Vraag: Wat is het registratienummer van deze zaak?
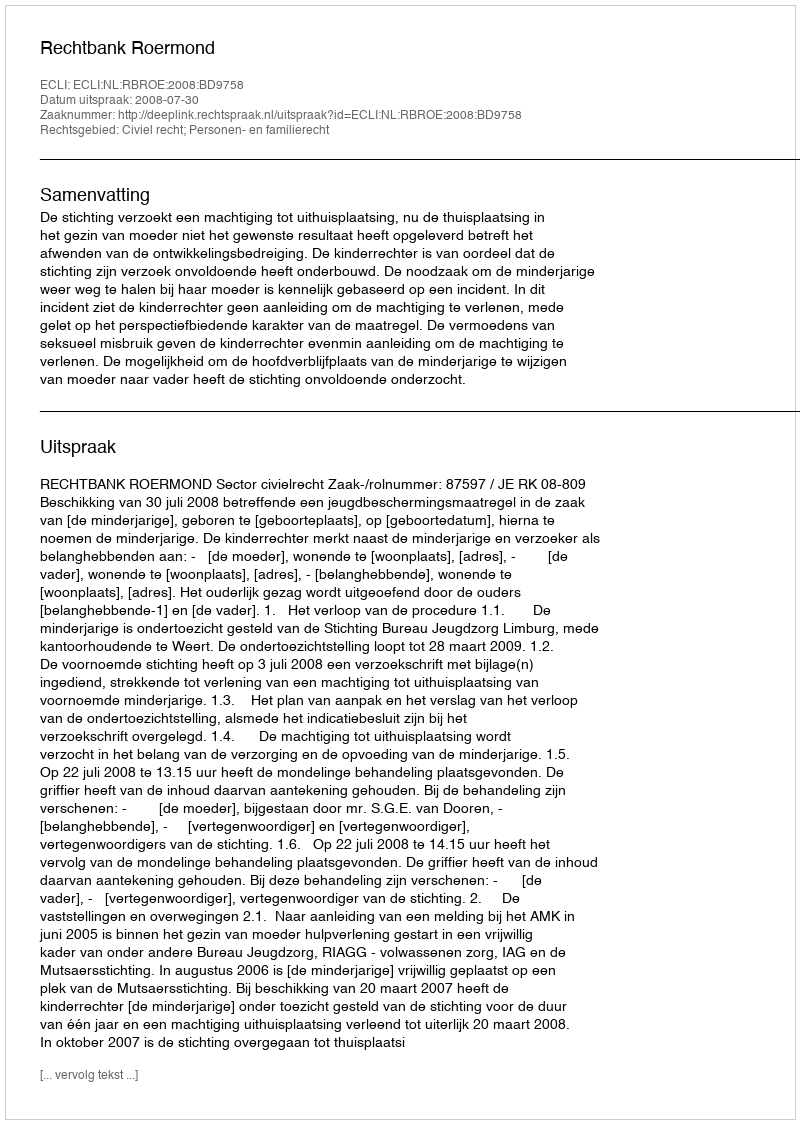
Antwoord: http://deeplink.rechtspraak.nl/uitspraak?id=ECLI:NL:RBROE:2008:BD9758